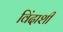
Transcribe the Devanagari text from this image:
विंदाशी